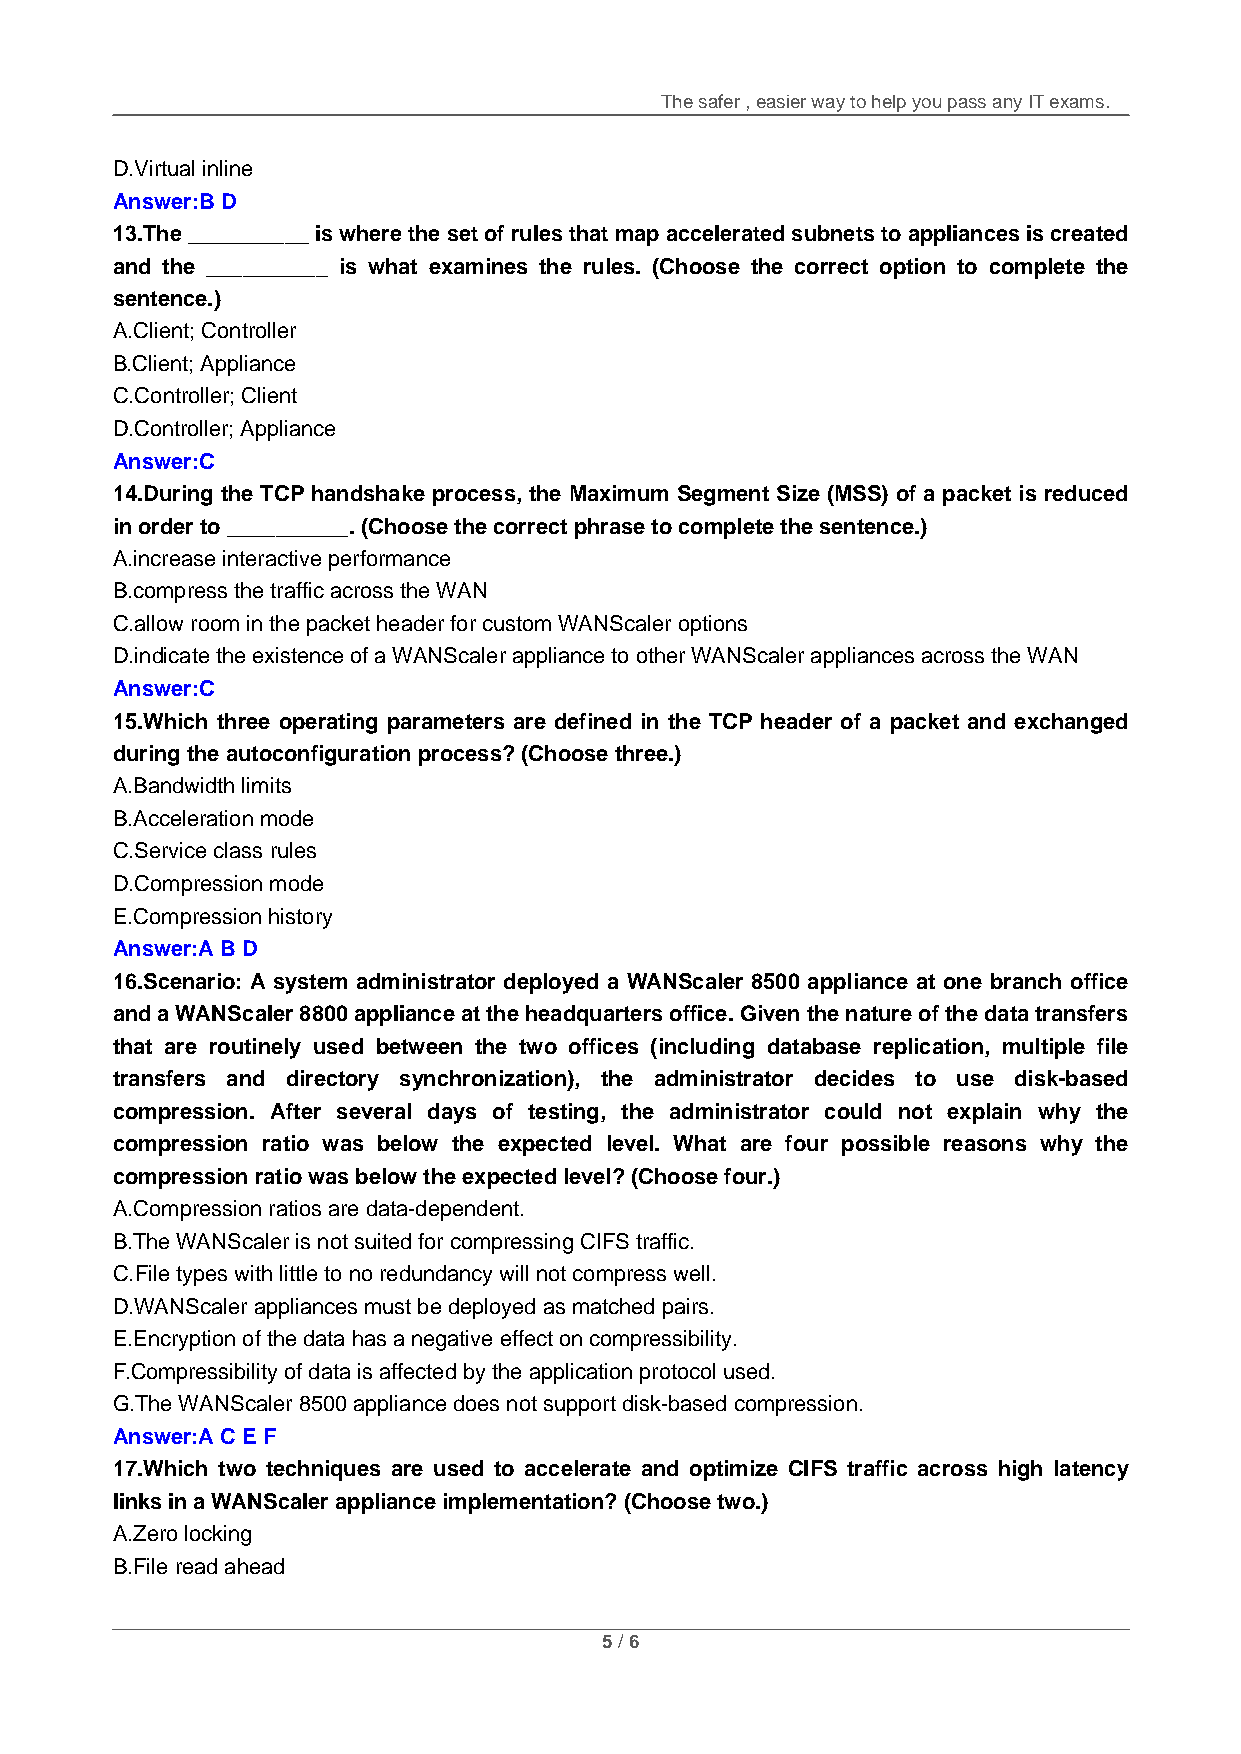
The safer , easier way to help you pass any IT exams.
 D.Virtual inline
 Answer:B D
 13.The __________ is where the set of rules that map accelerated subnets to appliances is created
 and the __________ is what examines the rules. (Choose the correct option to complete the
 sentence.)
 A.Client; Controller
 B.Client; Appliance
 C.Controller; Client
 D.Controller; Appliance
 Answer:C
 14.During the TCP handshake process, the Maximum Segment Size (MSS) of a packet is reduced
 in order to __________. (Choose the correct phrase to complete the sentence.)
 A.increase interactive performance
 B.compress the traffic across the WAN
 C.allow room in the packet header for custom WANScaler options
 D.indicate the existence of a WANScaler appliance to other WANScaler appliances across the WAN
 Answer:C
 15.Which three operating parameters are defined in the TCP header of a packet and exchanged
 during the autoconfiguration process? (Choose three.)
 A.Bandwidth limits
 B.Acceleration mode
 C.Service class rules
 D.Compression mode
 E.Compression history
 Answer:A B D
 16.Scenario: A system administrator deployed a WANScaler 8500 appliance at one branch office
 and a WANScaler 8800 appliance at the headquarters office. Given the nature of the data transfers
 that are routinely used between the two offices (including database replication, multiple file
 transfers and directory synchronization), the administrator decides to use disk-based
 compression. After several days of testing, the administrator could not explain why the
 compression ratio was below the expected level. What are four possible reasons why the
 compression ratio was below the expected level? (Choose four.)
 A.Compression ratios are data-dependent.
 B.The WANScaler is not suited for compressing CIFS traffic.
 C.File types with little to no redundancy will not compress well.
 D.WANScaler appliances must be deployed as matched pairs.
 E.Encryption of the data has a negative effect on compressibility.
 F.Compressibility of data is affected by the application protocol used.
 G.The WANScaler 8500 appliance does not support disk-based compression.
 Answer:A C E F
 17.Which two techniques are used to accelerate and optimize CIFS traffic across high latency
 links in a WANScaler appliance implementation? (Choose two.)
 A.Zero locking
 B.File read ahead
 5 / 6